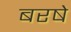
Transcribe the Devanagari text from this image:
बरषे